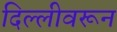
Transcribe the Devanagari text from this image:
दिल्लीवरून